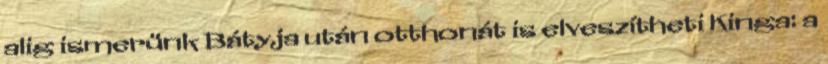
alig ismerünk Bátyja után otthonát is elveszítheti Kinga: a